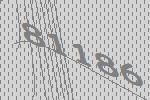
81186